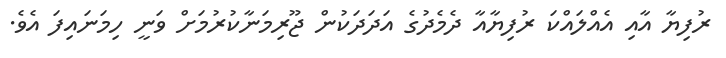
ރުފިޔާ އާއި އެއްލައްކަ ރުފިޔާއާ ދެމެދުގެ އަދަދަކުން ޖޫރިމަނާކުރުމަށް ވަނީ ހިމަނައިފަ އެވެ.